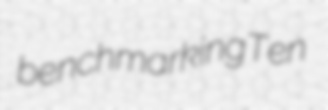
benchmarking Ten